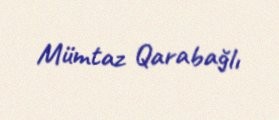
Mümtaz Qarabağlı